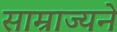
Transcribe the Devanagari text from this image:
साम्राज्यने